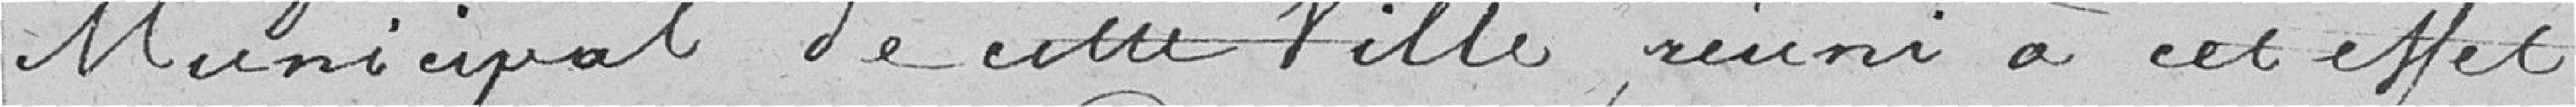
municipal de cette ville, réuni à cet effet